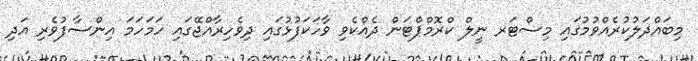
މިބައްދަލުކުރެއްވުމުގައި މިސްޓަރ ނީލް ކްރޮމްޕްޓަން ދެއްކެވި ވާހަކަފުޅުގައި ދިވެހިރާއްޖޭގައި ހަމަހަމަ އިންސާފުވެރި އަދި